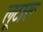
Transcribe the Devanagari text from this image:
लूटारू